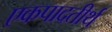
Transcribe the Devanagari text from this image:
एकपादतीर्थ